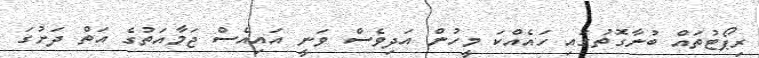
ރިޕޯޓުތައް ބުނާގޮތުގައި ހައެއްކަ މީހުން އަދިވެސް ވަނީ އައިއެސް ޖަމާއަތުގެ އަތް ދަށުގަ